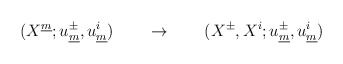
\begin{align*} (X^{\underline{m}}; u^{\pm}_{\underline{m}},u^{i}_{\underline{m}}) \qquad \rightarrow \qquad (X^{\pm}, X^i;u^{\pm}_{\underline{m}}, u^{i}_{\underline{m}})\end{align*}